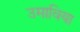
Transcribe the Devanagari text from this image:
उमाविया